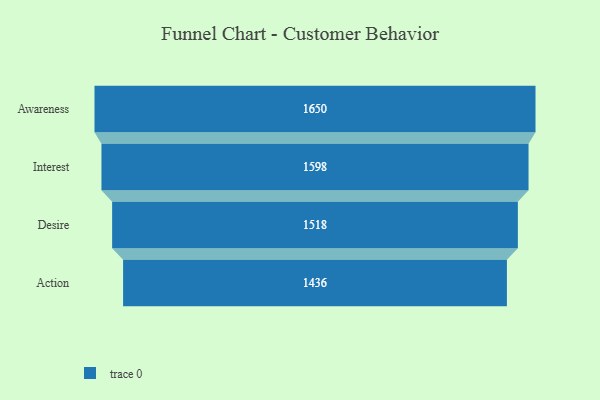
{"axis": {"x": "Stage", "y": "Value"}, "legend": [""], "data": [{"x": "Awareness", "y": 1650.0, "type": ""}, {"x": "Interest", "y": 1598.0, "type": ""}, {"x": "Desire", "y": 1518.0, "type": ""}, {"x": "Action", "y": 1436.0, "type": ""}]}